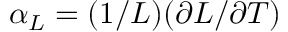
\alpha _ { L } = ( 1 / L ) ( \partial L / \partial T )